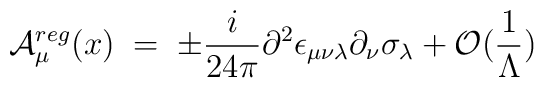
{\cal A}_\mu^{reg} (x) \;=\;\pm  \frac{i}{24\pi}\partial^2 \epsilon_{\mu\nu\lambda} \partial_\nu \sigma_\lambda+ {\cal O}(\frac{1}{\Lambda})